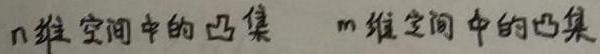
$n$维空间中的凸集  $m$维空间中的凸集